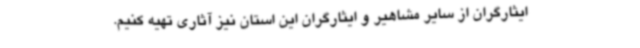
ایثارگران از سایر مشاهیر و ایثارگران این استان نیز آثاری تهیه کنیم.